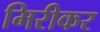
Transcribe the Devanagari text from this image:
मिरीकर